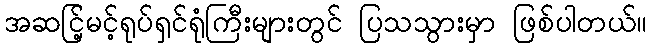
အဆင်ြ့မင့်ရုပ်ရှင်ရုံကြီးများတွင် ပြသသွားမှာ ဖြစ်ပါတယ်။